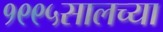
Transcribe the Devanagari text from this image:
१९९५सालच्या